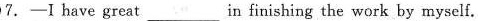
7.-I have great___in finishing the work by myself.